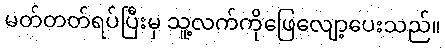
မတ်တတ်ရပ်ပြီးမှ သူ့လက်ကိုဖြေလျော့ပေးသည်။